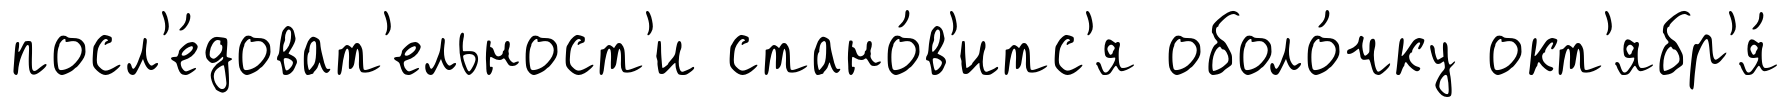
посл'е́доват'ельност'и стано́в'итс'я оболо́чку окт'ябр'я́